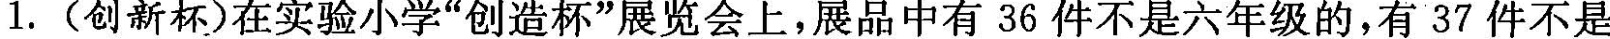
1.(创新杯)在实验小学”创造杯”展览会上，展品中有36件不是六年级的，有37件不是